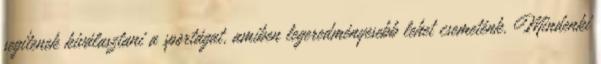
segítenek kiválasztani a sportágat, amiben legeredményesebb lehet csemeténk. Mindenki